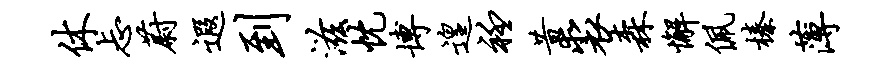
休忐蔚遐到滋忱博遑衽昔裘森懈佩榛薄